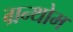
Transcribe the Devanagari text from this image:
ग्रन्थोम